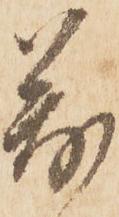
萬